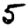
Digit: 5